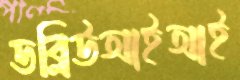
ডব্লিউআইআই